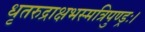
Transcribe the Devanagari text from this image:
धृतरुद्राक्षभस्मत्रिपुण्ड्रः।